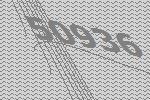
50936